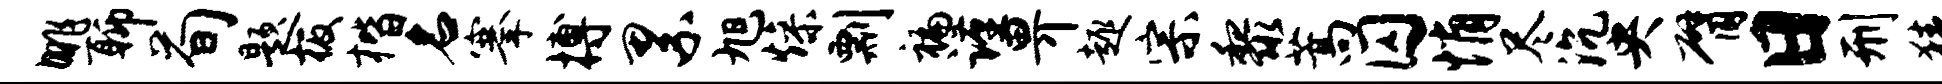
眺聊荀题板楷名搴搏累旭燥剽褊谨畀趣宗黎蒿囚悄尽沉央臂日刑猜